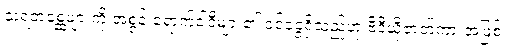
သရဲတစ္ဆေများကို အစွန်းရောက်ဝါဒီများ၏ ဝင်ငွေရှိသည်ဟု ဗီဒီယိုဇာတ်ကားအဖြစ်